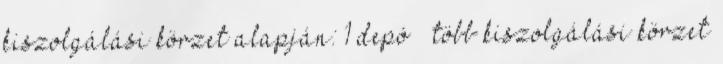
kiszolgálási körzet alapján: 1 depó – több kiszolgálási körzet